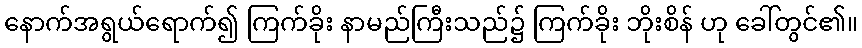
နောက်အရွယ်ရောက်၍ ကြက်ခိုး နာမည်ကြီးသည်၌ ကြက်ခိုး ဘိုးစိန် ဟု ခေါ်တွင်၏။